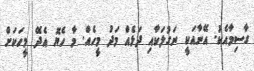
ގާސިމާއެކު. އޭނާއަކީ ނަގުލަކާއި ދަޅެއް މަދު މީހެއް. މާ ހެޔޮ އެދޭ މީހަކަށް